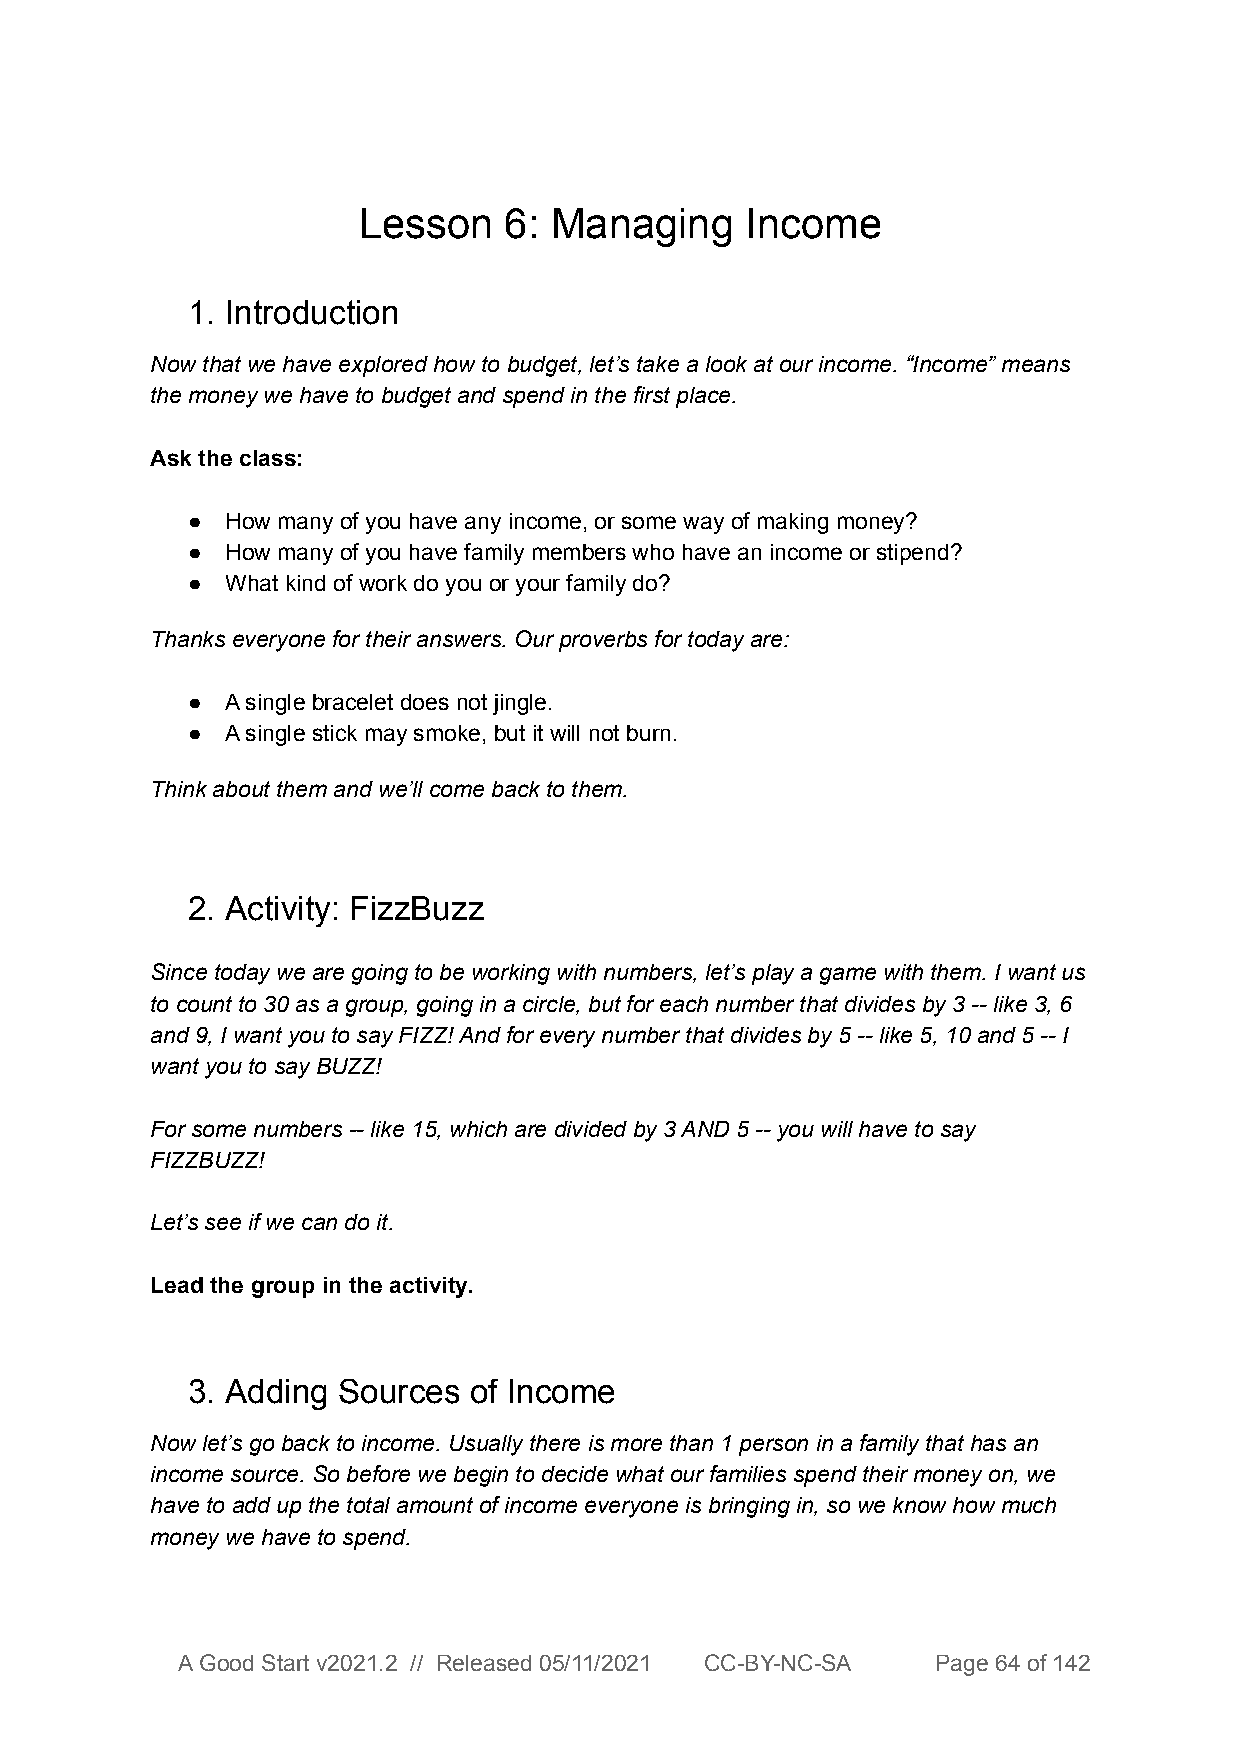
Lesson   6: Managing     Income
 1. Introduction
 Now that we have explored how to budget, let’s take a look at our income. “Income” means
 the money we have to budget and spend in the first place.
 Ask the class:
 ●  How many of you have any income, or some way of making money?
 ●  How many of you have family members who have an income or stipend?
 ●  What kind of work do you or your family do?
 Thanks everyone for their answers. Our proverbs for today are:
 ●  A single bracelet does not jingle.
 ●  A single stick may smoke, but it will not burn.
 Think about them and we’ll come back to them.
 2. Activity: FizzBuzz
 Since today we are going to be working with numbers, let’s play a game with them. I want us
 to count to 30 as a group, going in a circle, but for each number that divides by 3 -- like 3, 6
 and 9, I want you to say FIZZ! And for every number that divides by 5 -- like 5, 10 and 5 -- I
 want you to say BUZZ!
 For some numbers -- like 15, which are divided by 3 AND 5 -- you will have to say
 FIZZBUZZ!
 Let’s see if we can do it.
 Lead the group in the activity.
 3. Adding Sources  of Income
 Now let’s go back to income. Usually there is more than 1 person in a family that has an
 income source. So before we begin to decide what our families spend their money on, we
 have to add up the total amount of income everyone is bringing in, so we know how much
 money we have to spend.
 A Good Start v2021.2 // Released 05/11/2021 CC-BY-NC-SA Page 64 of 142